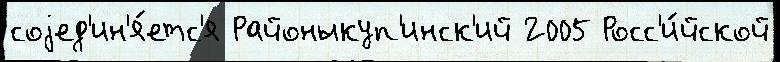
соjед'ин'я́етс'я Районыкуп'инск'ий 2005 Росс'и́йской